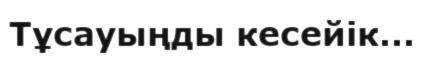
Тұсауыңды кесейiк...